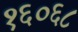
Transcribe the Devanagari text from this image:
१६०६८